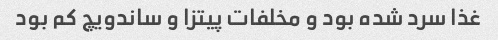
غذا سرد شده بود و مخلفات پیتزا و ساندویچ کم بود